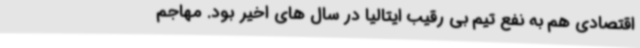
اقتصادی هم به نفع تیم بی رقیب ایتالیا در سال های اخیر بود. مهاجم